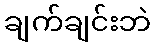
ချက်ချင်းဘဲ